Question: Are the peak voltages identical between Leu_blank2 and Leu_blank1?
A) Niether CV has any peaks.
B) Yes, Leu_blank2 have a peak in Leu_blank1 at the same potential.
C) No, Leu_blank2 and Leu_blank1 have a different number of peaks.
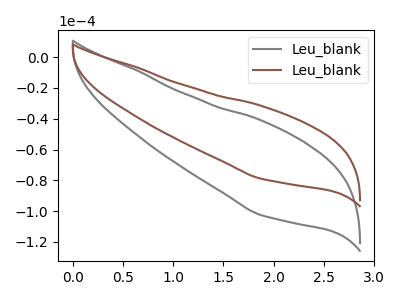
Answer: <think>The gray curve "Leu_blank1" has no peaks. The brown curve "Leu_blank2" has no peaks.</think>
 <answer>A) Niether CV has any peaks.</answer>
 <eval>A</eval>